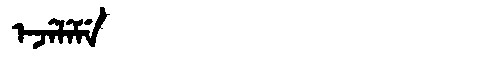
Manchu: ᡝᠵᡝᠯᡝᠮᡝ
Romanization: EJELEME